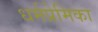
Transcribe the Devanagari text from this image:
धर्मप्रेमिका